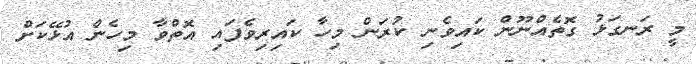
މީ ރަނގަޅު ގޮތެއްނޫން ކައިވެނި ކުރަން މިހާ ކައިރިވެފައި އޮތްވާ މިހެން އުޅޭކަށް